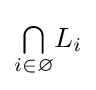
{\textstyle \bigcap \limits _{i\in \varnothing }}L_{i}